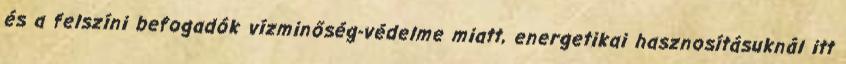
és a felszíni befogadók vízminőség-védelme miatt, energetikai hasznosításuknál itt